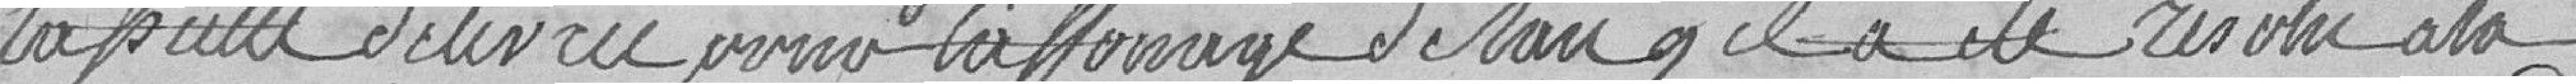
l'assiette délivrée pour l'afferage de l'an il a été résolu à la